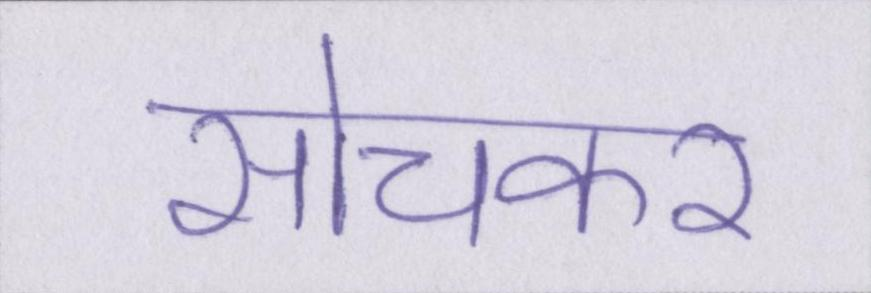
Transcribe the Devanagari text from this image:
सोचकर